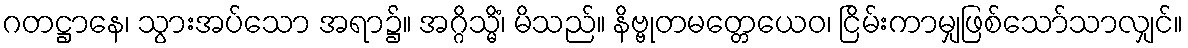
ဂတဋ္ဌာနေ၊ သွားအပ်သော အရာ၌။ အဂ္ဂိသ္မိံ၊ မိသည်။ နိဗ္ဗုတမတ္တေယေဝ၊ ငြိမ်းကာမျှဖြစ်သော်သာလျှင်။